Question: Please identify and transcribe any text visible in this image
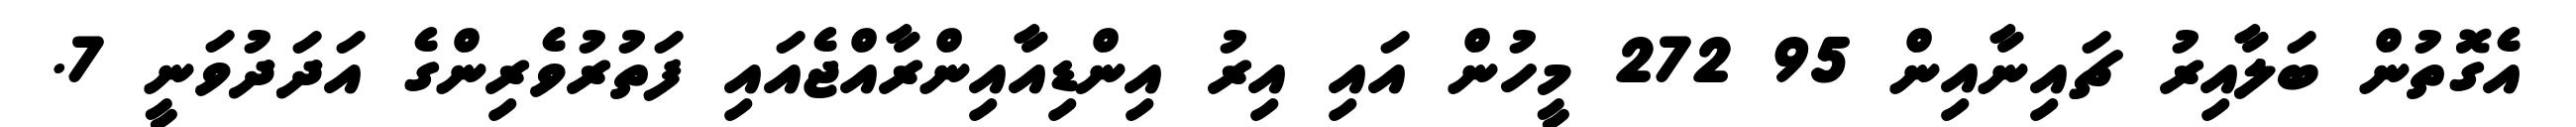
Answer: އެގޮތުން ބަލާއިރު ޗައިނާއިން 95 272 މީހުން އައި އިރު އިންޑިއާއިންރާއްޖެއައި ފަތުރުވެރިންގެ އަދަދުވަނީ 7.